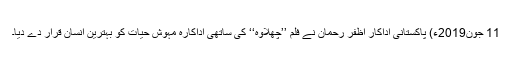
11 جون2019ء) پاکستانی اداکار اظفر رحمان نے فلم ’’چھلاوہ‘‘ کی ساتھی اداکارہ مہوش حیات کو بہترین انسان قرار دے دیا۔